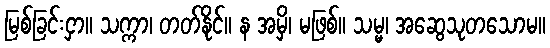
မြစ်ခြင်းငှာ။ သက္ကာ၊ တတ်နိုင်။ န အမှိ၊ မဖြစ်။ သမ္မ၊ အဆွေသုတသောမ။